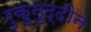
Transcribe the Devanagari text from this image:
रुकुनुद्दीन